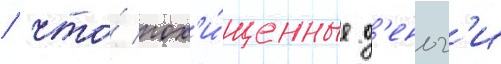
/ что́ пох'и́щенные д'еньг'и